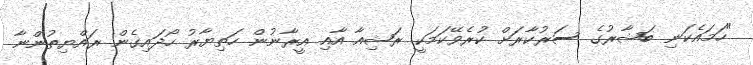
"ހަމައެކަނި ބަޝާރުގެ ސަރުކާރަށް ކުރެވޭކަމަކީ ރަޝިއާ އާއި އީރާނުން ހަތިޔާރު ހޯދައިގެން ރައްޔިތުންނާ